Lunatic asylums Madras 1877-1891 - 1877-1891
Year: 1877
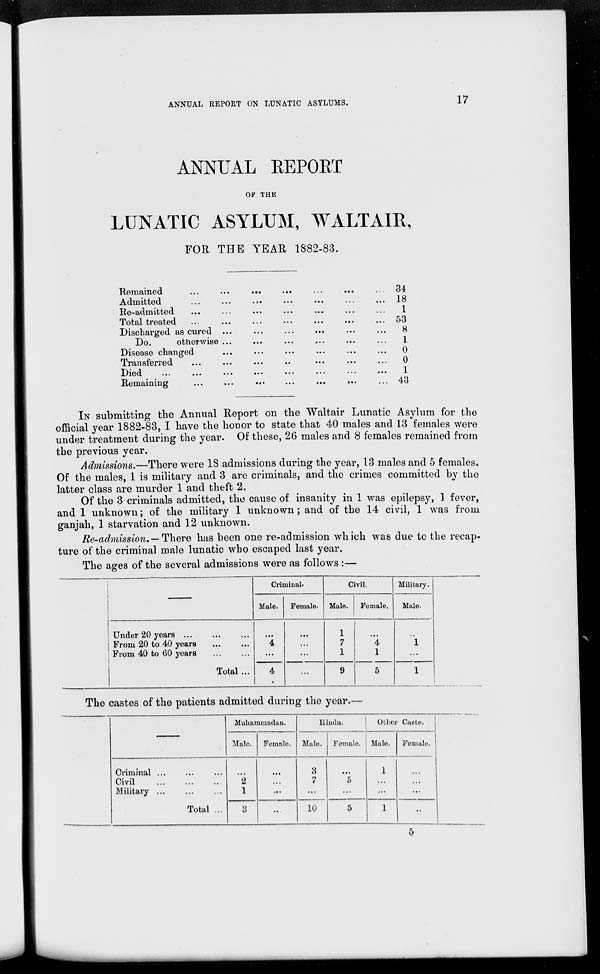
17
ANNUAL REPORT ON LUNATIC ASYLUMS.
ANNUAL REPORT
OF THE
LUNATIC ASYLUM, WALTAIR,
FOR THE YEAR 1882-83.
Remained ... ... ... ... ... ... ...
Admitted ... ... ... ... ... ... ...
Re-admitted ... ... ... ... ... ... ...
Total treated ... ... ... ... ... ... ...
Discharged as cured ... ... ... ... ... ...
Do.
otherwise ... ... ... ... ... ...
Disease changed ... ... ... ... ... ...
Transferred ... ... ... ... ... ... ...
Died
...
...
...
...
...
...
...
...
Remaining ... ... ... ... ... ... ...
34
18
1
53
8
1
0
0
1
43
IN submitting the Annual Report on the Waltair Lunatic Asylum for the
official year 1882-83, I have the honor to state that 40 males and 13 females were
under treatment during the year. Of these, 26 males and 8 females remained from
the previous year.
Admissions.—There were 18 admissions during the year, 13 males and 5 females.
Of the males, 1 is military and 3 are criminals, and the crimes committed by the
latter class are murder 1 and theft 2.
Of the 3 criminals admitted, the cause of insanity in 1 was epilepsy, 1 fever,
and 1 unknown; of the military 1 unknown; and of the 14 civil, 1 was from
ganjah, 1 starvation and 12 unknown.
Re-admission. — There has been one re-admission which was due to the recap-
ture of the criminal male lunatic who escaped last year.
The ages of the several admissions were as follows :—
-
Under 20 years ... ... ...
From 20 to 40 years ... ...
From 40 to 60 years ... ...
Total ...
Criminal.
Male.
...
4
...
4
Female.
...
...
...
...
Civil.
Male.
1
7
1
9
Female.
...
4
1
5
Military.
Male.
...
1
...
1
The castes of the patients admitted during the year.—
—
Criminal ... ... ...
Civil ... ... ...
Military ... ... ...
Total ...
Muhammadan.
Male.
...
2
1
3
Female.
...
...
...
...
Hindu.
Male.
3
7
...
10
Female.
...
5
...
5
Other Caste.
Male.
1
...
...
1
Female.
...
...
...
...
5